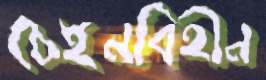
চেইনবিহীন